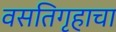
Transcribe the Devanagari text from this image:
वसतिगृहाचा